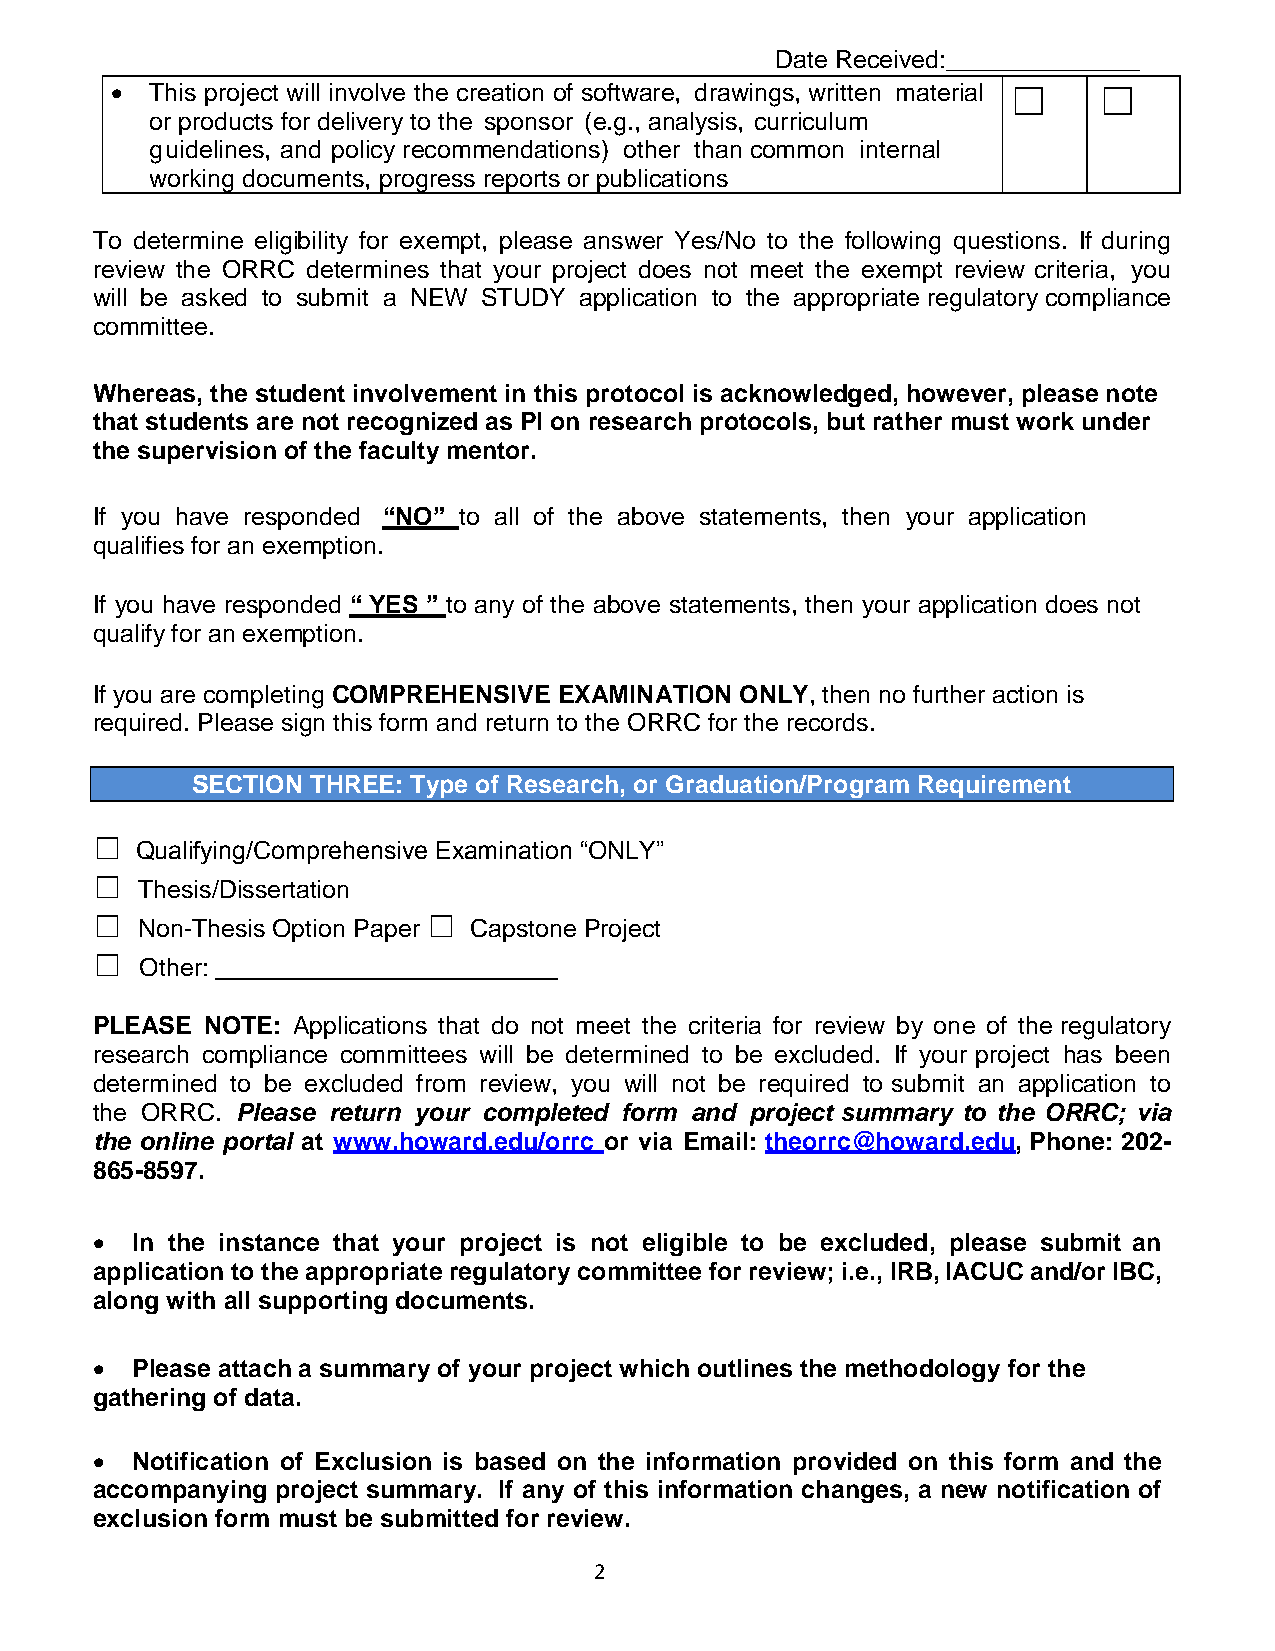
Date Received:______________
   This project will involve the creation of software, drawings, written material ☐ ☐
 or products for delivery to the sponsor (e.g., analysis, curriculum
 guidelines, and policy recommendations) other than common internal
 working documents, progress reports or publications
 To determine eligibility for exempt, please answer Yes/No to the following questions. If during
 review the ORRC determines that your project does not meet the exempt review criteria, you
 will be asked to submit a NEW STUDY application to the appropriate regulatory compliance
 committee.
 Whereas, the student involvement in this protocol is acknowledged, however, please note
 that students are not recognized as PI on research protocols, but rather must work under
 the supervision of the faculty mentor.
 If you have responded “NO” to all of the above statements, then your application
 qualifies for an exemption.
 If you have responded “ YES ” to any of the above statements, then your application does not
 qualify for an exemption.
 If you are completing COMPREHENSIVE EXAMINATION ONLY, then no further action is
 required. Please sign this form and return to the ORRC for the records.
 SECTION THREE: Type of Research, or Graduation/Program Requirement
 ☐  Qualifying/Comprehensive Examination “ONLY”
 ☐  Thesis/Dissertation
 ☐  Non-Thesis Option Paper ☐ Capstone Project
 ☐  Other:
 PLEASE NOTE: Applications that do not meet the criteria for review by one of the regulatory
 research compliance committees will be determined to be excluded. If your project has been
 determined to be excluded from review, you will not be required to submit an application to
 the ORRC. Please return your completed form and project summary to the ORRC; via
 the online portal at www.howard.edu/orrc or via Email: theorrc@howard.edu, Phone: 202-
 865-8597.
   In the instance that your project is not eligible to be excluded, please submit an
 application to the appropriate regulatory committee for review; i.e., IRB, IACUC and/or IBC,
 along with all supporting documents.
   Please attach a summary of your project which outlines the methodology for the
 gathering of data.
   Notification of Exclusion is based on the information provided on this form and the
 accompanying project summary. If any of this information changes, a new notification of
 exclusion form must be submitted for review.
 2